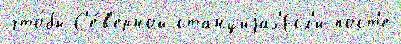
что́бы С'е́в'ерной станциjах'Есл'и пост'е